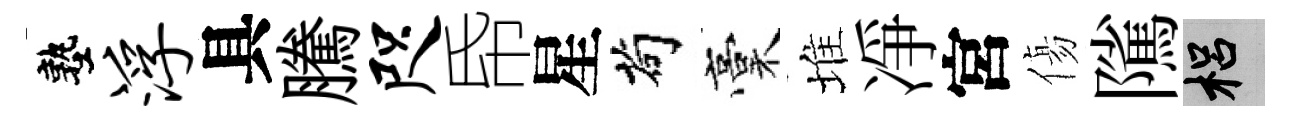
塾浮具騰咫帋星茍稾堆凈宮傷隲梠